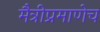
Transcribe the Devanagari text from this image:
मैत्रीप्रमाणेच